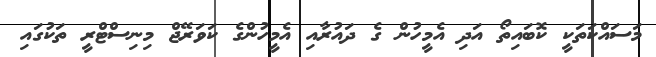
މަސައްކަތަކީ ކޮބައިތޯ އަދި އެމީހުން ގެ ދައުރާއި އެމީހުންގެ ކަވަރޭޖް މިނިސްޓްރީ ތަކުގައި